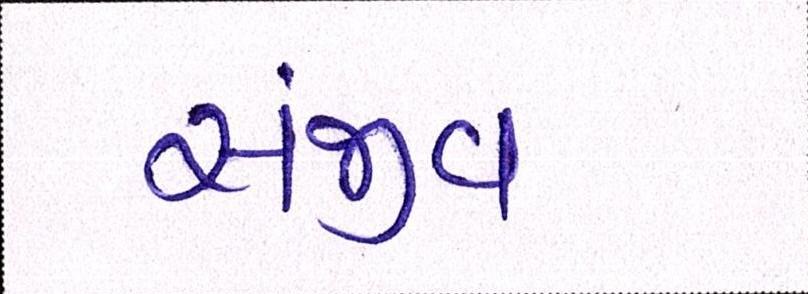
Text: સંજીવ